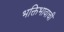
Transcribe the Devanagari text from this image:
भक्तिभावाची